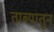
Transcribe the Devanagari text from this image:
ताब्यातुन